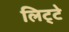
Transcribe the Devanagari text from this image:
लिट्‍टे